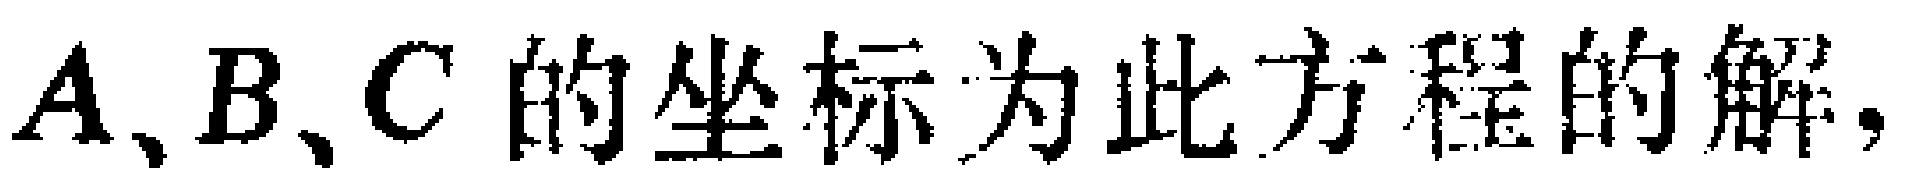
$A、B、C的坐标为此方程的解，$